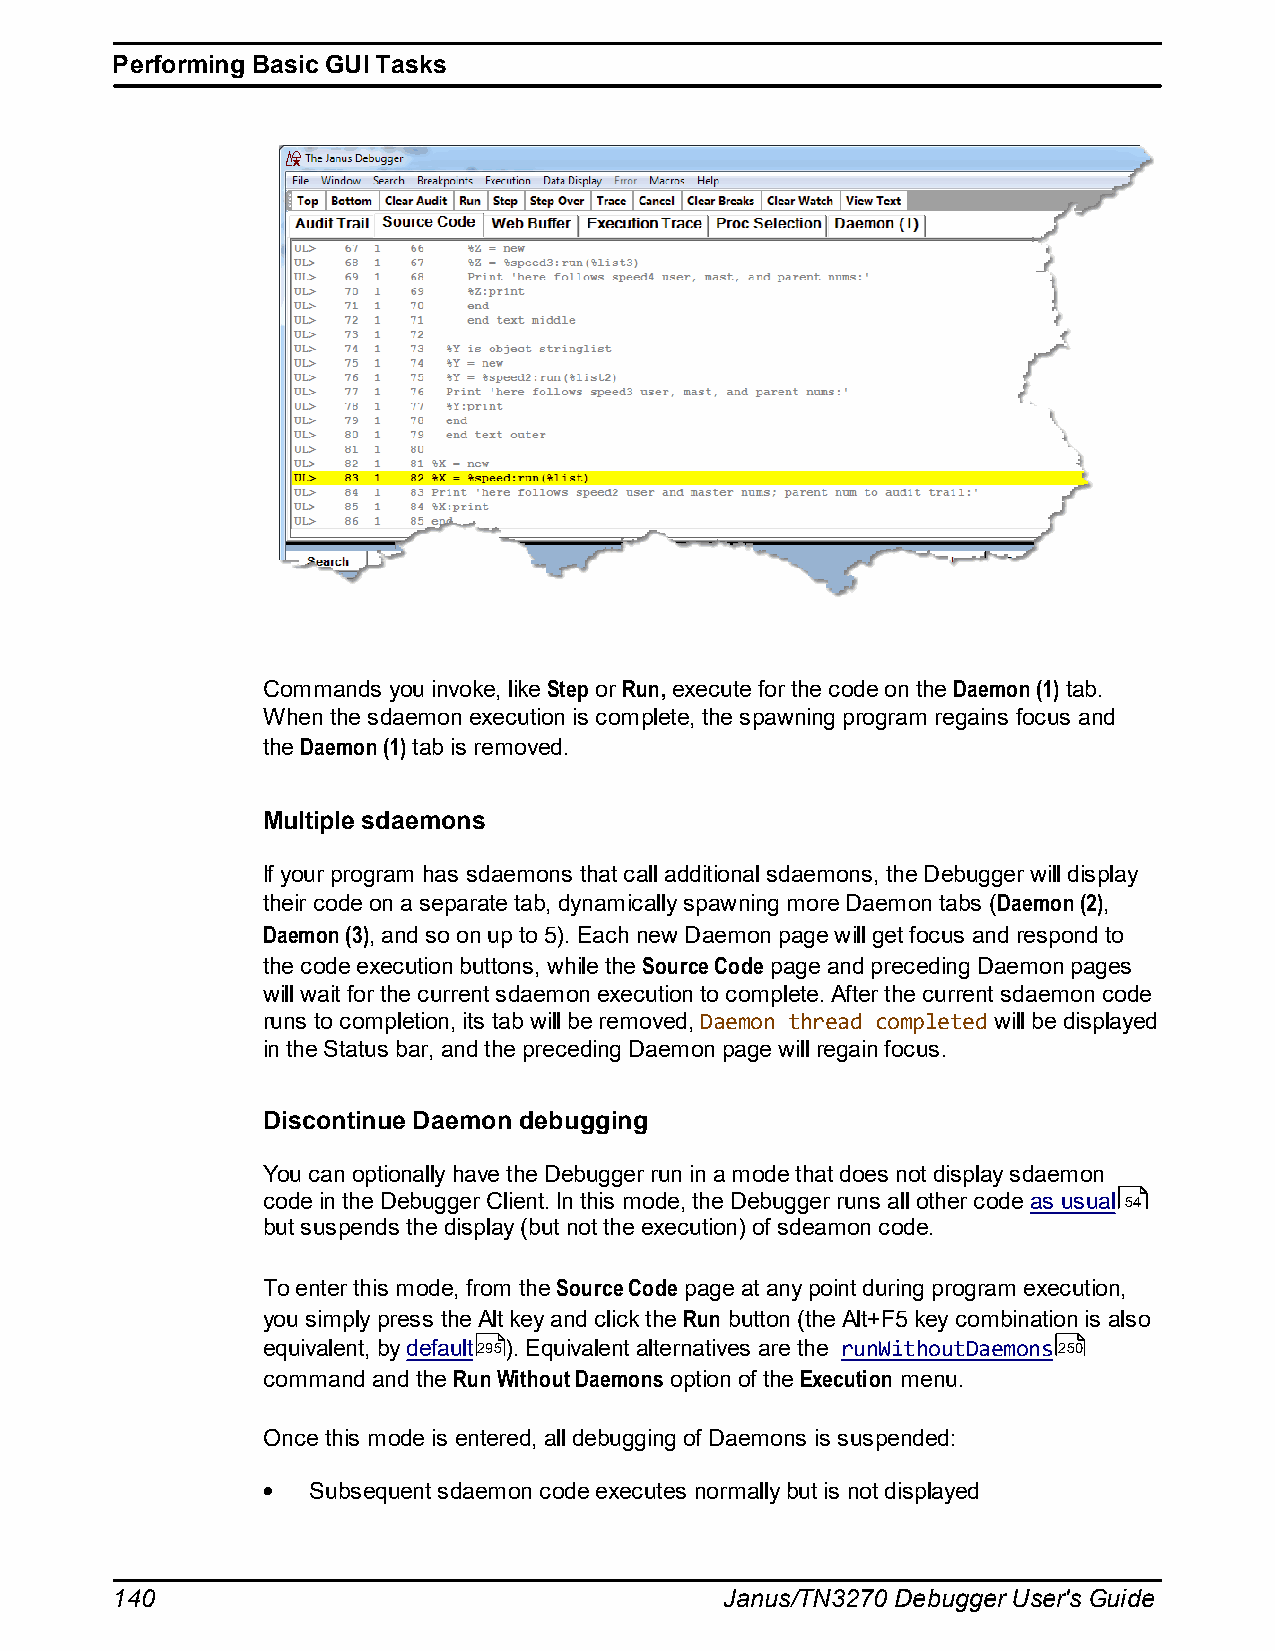
Performing Basic GUI Tasks
 Commands you invoke, like Step or Run, execute for the code on the Daemon (1) tab.
 When the sdaemon execution is complete, the spawning program regains focus and
 the Daemon (1) tab is removed.
 Multiple sdaemons
 If your program has sdaemons that call additional sdaemons, the Debugger will display
 their code on a separate tab, dynamically spawning more Daemon tabs (Daemon (2),
 Daemon (3), and so on up to 5). Each new Daemon page will get focus and respond to
 the code execution buttons, while the Source Code page and preceding Daemon pages
 will wait for the current sdaemon execution to complete. After the current sdaemon code
 runs to completion, its tab will be removed, Daemon thread completed will be displayed
 in the Status bar, and the preceding Daemon page will regain focus.
 Discontinue Daemon debugging
 You can optionally have the Debugger run in a mode that does not display sdaemon
 code in the Debugger Client. In this mode, the Debugger runs all other code as usual 54
 but suspends the display (but not the execution) of sdeamon code.
 To enter this mode, from the Source Code page at any point during program execution,
 you simply press the Alt key and click the Run button (the Alt+F5 key combination is also
 equivalent, by default295). Equivalent alternatives are the runWithoutDaemons250
 command and the Run Without Daemons option of the Execution menu.
 Once this mode is entered, all debugging of Daemons is suspended:
 Subsequent sdaemon code executes normally but is not displayed
 140                                      Janus/TN3270 Debugger User's Guide